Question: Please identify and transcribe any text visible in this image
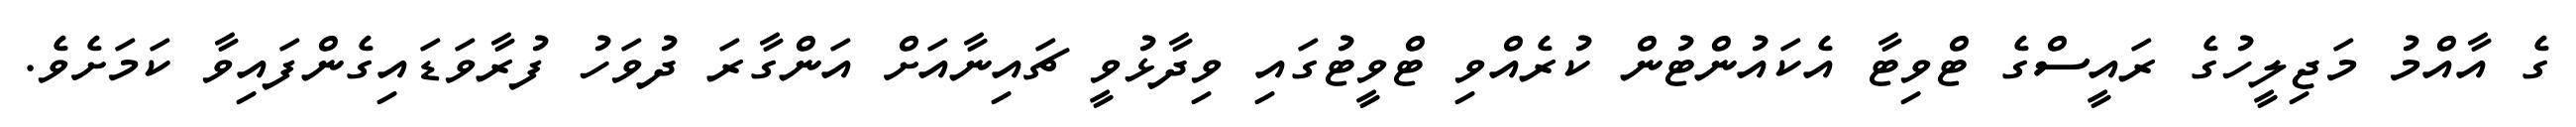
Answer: ގެ އާއްމު މަޖިލީހުގެ ރައީސްގެ ޓްވިޓާ އެކައުންޓުން ކުރެއްވި ޓްވީޓުގައި ވިދާޅުވީ ޗައިނާއަށް އަންގާރަ ދުވަހު ފުރާވަޑައިގެންފައިވާ ކަމަށެވެ.